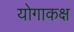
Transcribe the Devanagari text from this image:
योगाकक्ष